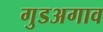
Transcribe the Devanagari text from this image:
गुडअगाव